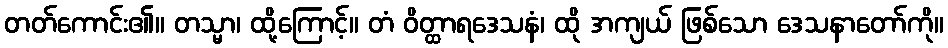
တတ်ကောင်း၏။ တသ္မာ၊ ထို့ကြောင့်။ တံ ဝိတ္ထာရဒေသနံ၊ ထို အကျယ် ဖြစ်သော ဒေသနာတော်ကို။